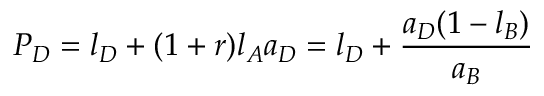
P _ { D } = l _ { D } + ( 1 + r ) l _ { A } a _ { D } = l _ { D } + { \frac { a _ { D } ( 1 - l _ { B } ) } { a _ { B } } }